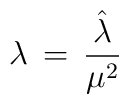
\lambda \, = \, {{\hat \lambda}\over{\mu^2}}